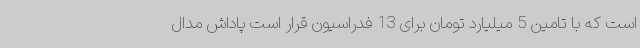
است که با تامین 5 میلیارد تومان برای 13 فدراسیون قرار است پاداش مدال